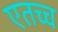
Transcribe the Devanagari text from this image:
एतच्च